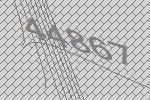
44867